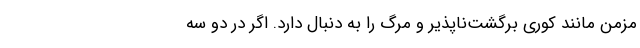
مزمن مانند کوری برگشت‌ناپذیر و مرگ را به دنبال دارد. اگر در دو سه